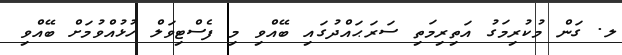
ލ. ގަން މުކުރިމަގު އަތިރިމަތި ސަރަޙައްދުގައި ބޭއްވި މި ފެސްޓިވަލް ހުޅުއްވުމަށް ބޭއްވި